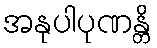
အနုပါပုဏန္တိ